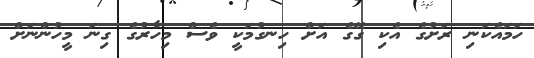
ހަމައެކަނި ރަށުގެ އެކި ގޭގެ އަށް ހިނގުމަކީ ވެސް މިހާރުގެ ގިނަ މީހުންނަށް